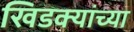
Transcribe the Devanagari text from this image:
खिडक्यांच्या